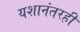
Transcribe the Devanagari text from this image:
यशानंतरही